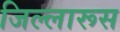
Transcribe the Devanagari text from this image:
जिल्लारूस